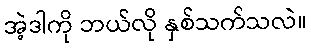
အဲ့ဒါကို ဘယ်လို နှစ်သက်သလဲ။